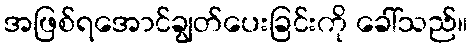
အဖြစ်ရအောင်ချွတ်ပေးခြင်းကို ခေါ်သည်။